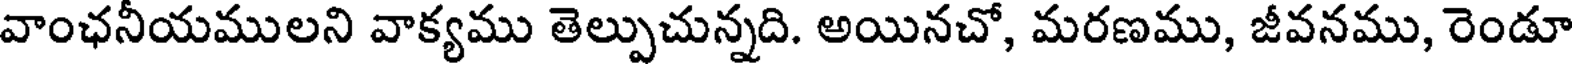
వాంఛనీయములని వాక్యము తెల్పుచున్నది. అయినచో, మరణము, జీవనము, రెండూ